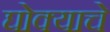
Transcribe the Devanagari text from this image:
घोक्याचे